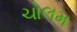
ચોલમ